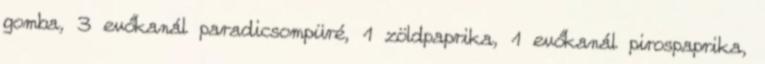
gomba, 3 evőkanál paradicsompüré, 1 zöldpaprika, 1 evőkanál pirospaprika,